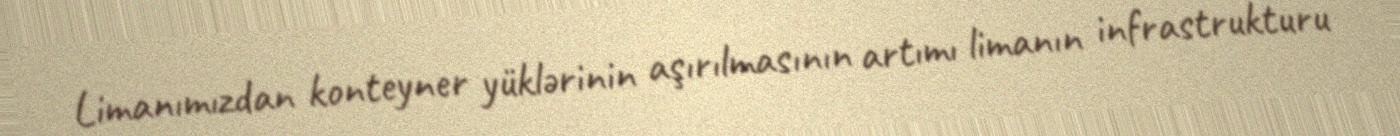
Limanımızdan konteyner yüklərinin aşırılmasının artımı limanın infrastrukturu